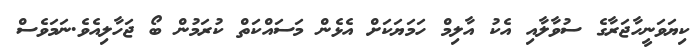
ކިޔަވަނީހާޖަރާގެ ސުވާލާއި އެކު އާލިމް ހަމަޔަކަށް އެޅެން މަސައްކަތް ކުރަމުން ބޯ ޖަހާލިއެވެ.ނަމަވެސް